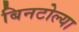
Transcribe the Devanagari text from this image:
बिनटोल्या